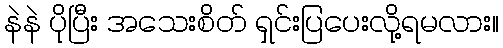
နဲနဲ ပိုပြီး အသေးစိတ် ရှင်းပြပေးလို့ရမလား။